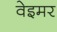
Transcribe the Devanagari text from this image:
वेइमर